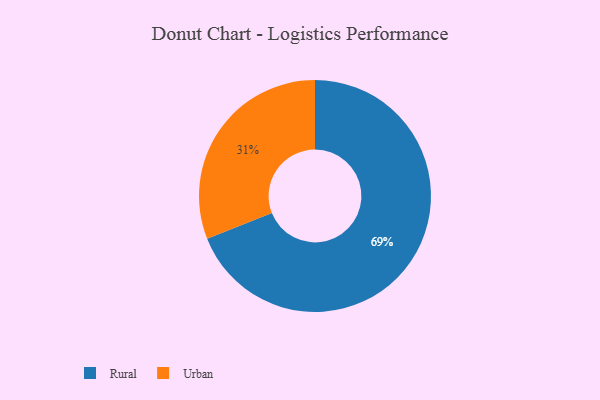
{"axis": {"x": "Category", "y": "Percentage"}, "legend": ["Rural", "Urban"], "data": [{"x": "Rural", "y": 69, "type": "Rural"}, {"x": "Urban", "y": 31, "type": "Urban"}]}